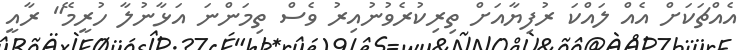
އެއްޗަކަށް އެއް ލައްކަ ރުފިޔާއަށް ތިރިކުރެވުނުއިރު ވެސް ތިމަންނަ އަޅާނުލާ ހުރީމޭ" ރާއީ